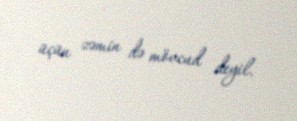
üçün zəmin də mövcud deyil.